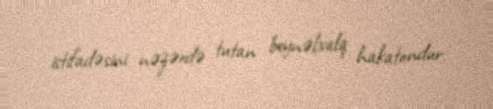
istifadəsini nəzərdə tutan beynəlxalq hakatondur.